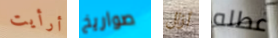
أرأيت صواريخ أزال عطله